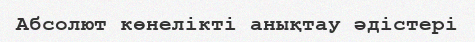
Абсолют көнелiктi анықтау әдістері